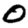
Digit: 0